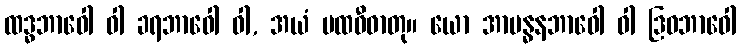
ထဒ္ဓဘာဝေါ ဝါ ခရဘာဝေါ ဝါ, အယံ ပထဝီဓာတု။ ယော အာဗန္ဓနဘာဝေါ ဝါ ဒြဝဘာဝေါ